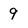
Character: 9